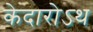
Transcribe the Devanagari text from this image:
केदारोऽथ